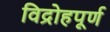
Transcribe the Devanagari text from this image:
विद्रोहपूर्ण